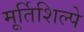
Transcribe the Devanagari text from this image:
मूर्तिशिल्पे